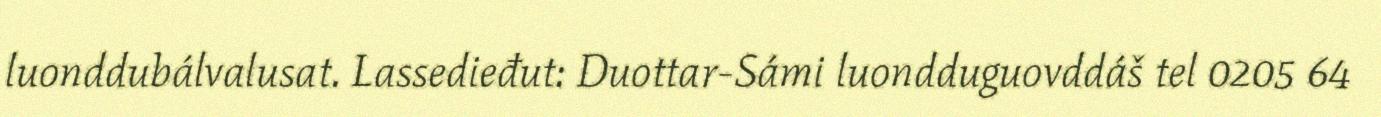
luonddubálvalusat. Lassedieđut: Duottar-Sámi luondduguovddáš tel 0205 64